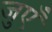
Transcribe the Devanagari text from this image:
जुएँ